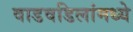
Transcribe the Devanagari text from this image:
वाडवडिलांमध्ये